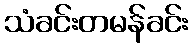
သံခင်းတမန်ခင်း